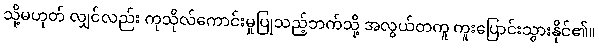
သို့မဟုတ် လျှင်လည်း ကုသိုလ်ကောင်းမှုပြုသည့်ဘက်သို့ အလွယ်တကူ ကူးပြောင်းသွားနိုင်၏။